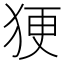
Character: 㹴